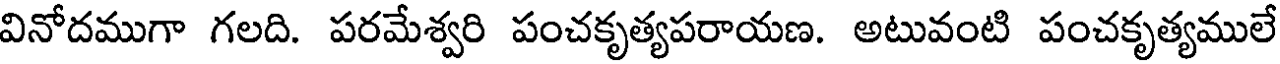
వినోదముగా గలది. పరమేశ్వరి పంచకృత్యపరాయణ. అటువంటి పంచకృత్యములే